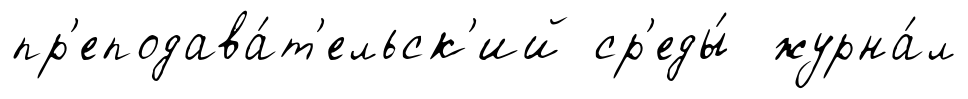
пр'еподава́т'ельск'ий ср'еды́ журна́л